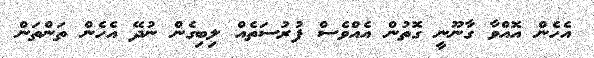
އެހެން އޮއްވާ ގާނޫނީ ގޮތުން އެއްވެސް ފުރުސަތެއް ލިބިގެން ނުދޭ އެހެން ތަންތަން